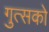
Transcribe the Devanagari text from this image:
गुत्सको